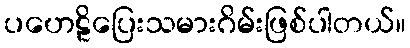
ပဟေဠိပြေးသမားဂိမ်းဖြစ်ပါတယ်။